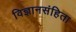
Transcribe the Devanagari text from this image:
विज्ञानसंहिता